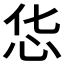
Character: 𱞃